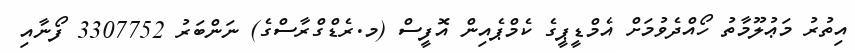
އިތުރު މަޢުލޫމާތު ހޯއްދެވުމަށް އެމްޑީޕީގެ ކެމްޕެއިން އޮފީސް (މ.ރެޑްގްރާސްގެ) ނަންބަރު 3307752 ފޯނާއި